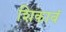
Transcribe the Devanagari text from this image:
शिकावं